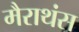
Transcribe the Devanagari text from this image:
मैराथंस